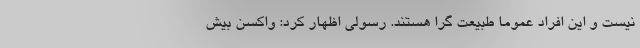
نیست و این افراد عموماً طبیعت گرا هستند. رسولی اظهار کرد: واکسن بیش